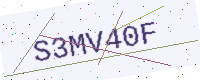
Text: S3MV40F